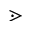
\gtrdot